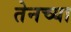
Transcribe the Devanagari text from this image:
तेनच्या